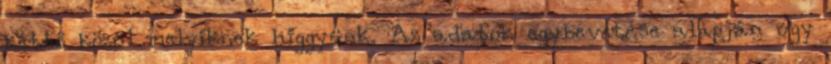
kettő közül melyiknek higgyünk. Az adatok egybevetése alapján úgy